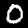
Label: 0